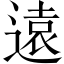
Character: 遠